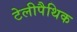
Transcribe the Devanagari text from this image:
टेलीपैथिक